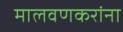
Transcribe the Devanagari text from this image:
मालवणकरांना